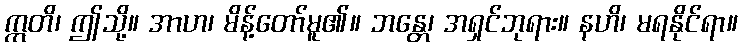
ဣတိ၊ ဤသို့။ အာဟ၊ မိန့်တော်မူ၏။ ဘန္တေ၊ အရှင်ဘုရား။ နဟိ၊ မရနိုင်ရာ။